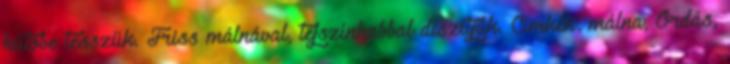
hűtőbe tesszük. Friss málnával, tejszínhabbal díszítjük. Címkék: málna, Ordás,